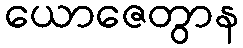
ယောဇေတွာန